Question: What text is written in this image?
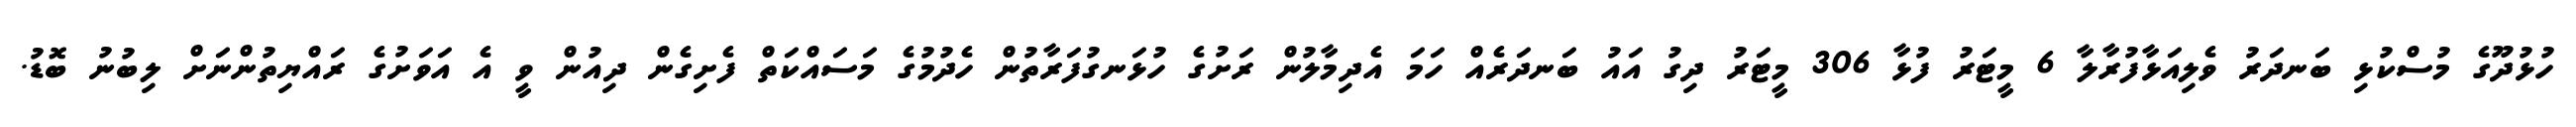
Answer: ހުޅުދޫގެ މުސްކުޅި ބަނދަރު ވެލިއަޅާފުރާލާ 6 މީޓަރު ފުޅާ 306 މީޓަރު ދިގު އައު ބަނދަރެއް ހަމަ އެދިމާލުން ރަށުގެ ހުޅަނގުފަރާތުން ހެދުމުގެ މަސައްކަތް ފެށިގެން ދިއުން ވީ އެ އަވަށުގެ ރައްޔިތުންނަށް ލިބުނު ބޮޑު.